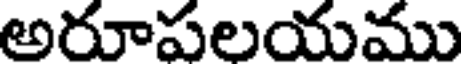
అరూపలయము